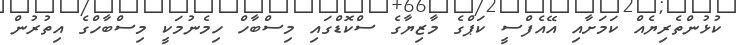
ކުޅުންތެރިޔެއް ކަމަށާއި އޭއެފްސީ ކަޕްގެ މާޒިޔާގެ ސްކޮޑްގައި މިސްބާހް ހިމެނުމަކީ މިސްބާހްގެ އިތުރުން